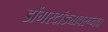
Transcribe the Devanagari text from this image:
डोंगरदांड्यावरूनच